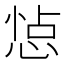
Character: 𢛈